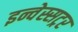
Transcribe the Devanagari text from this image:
इन्वेस्सट्रर